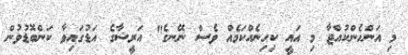
މި އަންހެންކުއްޖާ މި އައީ ކިހިނެއްކަމެއް ވެސް ނޭނގެ" އަރީޝާގެ އަޑުގައިވާ ކަންބޮޑުވުން